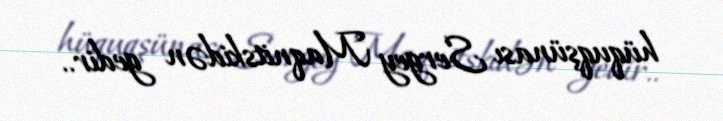
hüquqşünası Sergey Maqnitskidən gedir..